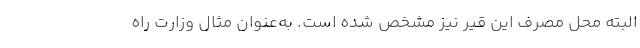
البته محل مصرف این قیر نیز مشخص شده است. به‌عنوان مثال وزارت راه